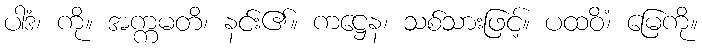
ပါဒံ၊ ကို။ အက္ကမတိ၊ နင်း၏။ ကဋ္ဌေန၊ သစ်သားဖြင့်။ ပထဝိံ၊ မြေကို။